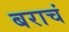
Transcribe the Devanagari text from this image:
बराचं